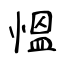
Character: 慍